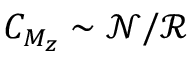
C _ { M _ { z } } \sim \mathcal { N } / \mathcal { R }